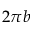
2 \pi b